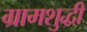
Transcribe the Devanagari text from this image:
ग्रामशुद्धी